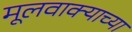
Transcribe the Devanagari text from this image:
मूलवाक्याच्या